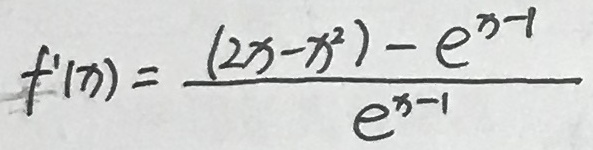
f ^ { \prime } ( x ) = \frac { ( 2 x - x ^ { 2 } ) - e ^ { x - 1 } } { e ^ { x - 1 } }